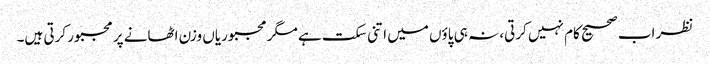
نظر اب صحیح کام نہیں کرتی، نہ ہی پاؤں میں اتنی سکت ہے مگر مجبوریاں وزن اٹھانے پر مجبور کرتی ہیں۔